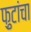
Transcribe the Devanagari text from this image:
फ़ुटांचा